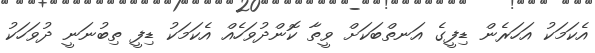
އެކަމަކު އަހަރެން ޑިފީގެ އަނތްބަކަށް ވީތާ ކޮންދުވަހެއް އެކަމަކު ޑިފީ ތިބުނަނީ ދުވަހަކު